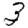
Digit: 3